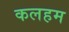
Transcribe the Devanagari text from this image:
कलहम